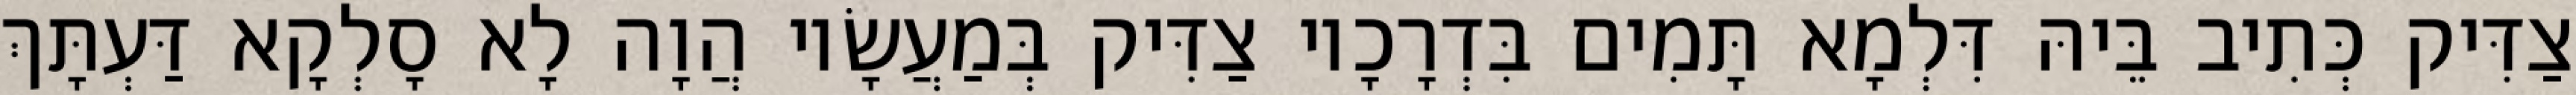
צַדִּיק כְּתִיב בֵּיהּ דִּלְמָא תָּמִים בִּדְרָכָיו צַדִּיק בְּמַעֲשָׂיו הֲוָה לָא סָלְקָא דַּעְתָּךְ